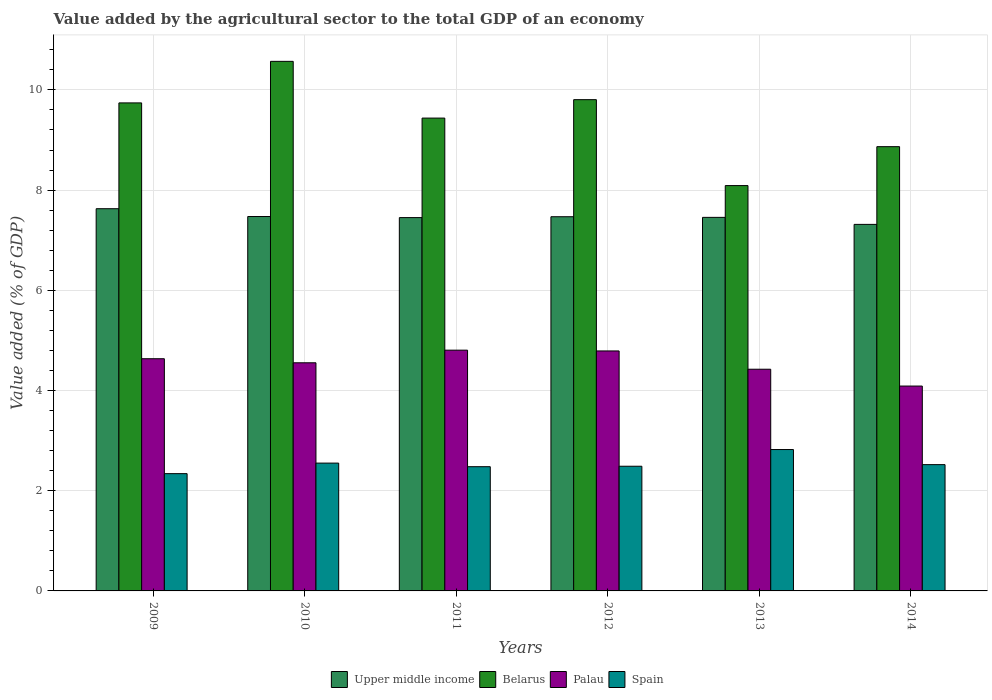
| Years | Upper middle income | Belarus | Palau | Spain |
 | --- | --- | --- | --- | --- |
 | 2009 | 7.63 | 9.74 | 4.63 | 2.34 |
 | 2010 | 7.47 | 10.6 | 4.55 | 2.55 |
 | 2011 | 7.45 | 9.44 | 4.81 | 2.48 |
 | 2012 | 7.47 | 9.8 | 4.79 | 2.49 |
 | 2013 | 7.46 | 8.09 | 4.42 | 2.82 |
 | 2014 | 7.32 | 8.87 | 4.09 | 2.52 |